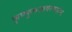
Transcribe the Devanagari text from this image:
फुफ्फुसआवरणशोथ